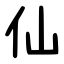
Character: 仙